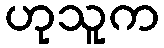
ဟုသူက